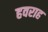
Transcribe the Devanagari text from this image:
हवराह